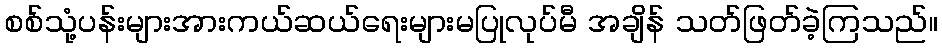
စစ်သုံ့ပန်းများအားကယ်ဆယ်ရေးများမပြုလုပ်မီ အချိန် သတ်ဖြတ်ခဲ့ကြသည်။